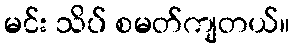
မင်း သိပ် စမတ်ကျတယ်။